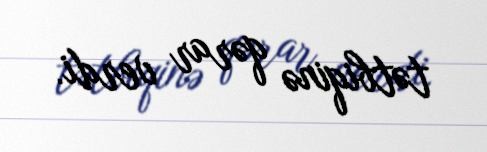
tətbiqinə qərar verdi.